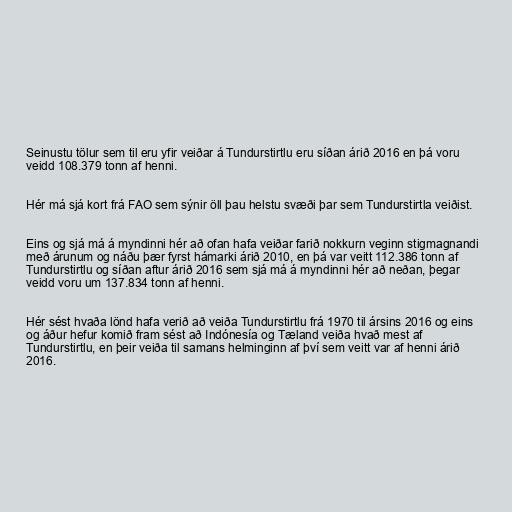
Seinustu tölur sem til eru yfir veiðar á Tundurstirtlu eru síðan árið 2016 en þá voru
veidd 108.379 tonn af henni.

Hér má sjá kort frá FAO sem sýnir öll þau helstu svæði þar sem Tundurstirtla veiðist.

Eins og sjá má á myndinni hér að ofan hafa veiðar farið nokkurn veginn stigmagnandi
með árunum og náðu þær fyrst hámarki árið 2010, en þá var veitt 112.386 tonn af
Tundurstirtlu og síðan aftur árið 2016 sem sjá má á myndinni hér að neðan, þegar
veidd voru um 137.834 tonn af henni.

Hér sést hvaða lönd hafa verið að veiða Tundurstirtlu frá 1970 til ársins 2016 og eins
og áður hefur komið fram sést að Indónesía og Tæland veiða hvað mest af
Tundurstirtlu, en þeir veiða til samans helminginn af því sem veitt var af henni árið
2016.